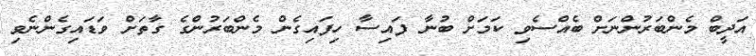
އަދީބް މެންބަރުންނަށް ބެއްސެވި ކަމަށް ބުނާ ފައިސާ ހިފައިގެން މެންބަރުންގެ ގާތަށް ވަޑައިގެންނެވި